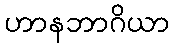
ဟာနဘာဂိယာ